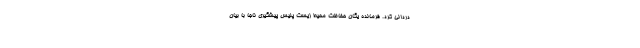
دردانی کرد. فرمانده یگان حفاظت محیط زیست پلیس پیشگیری ناجا با بیان